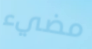
مضيء